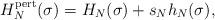
LaTeX: \begin{align*}H_N^{\mathrm{pert}}(\sigma) = H_N(\sigma) + s_N h_N(\sigma),\end{align*}